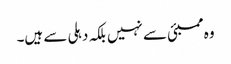
وہ ممبئی سے نہیں بلکہ دہلی سے ہیں۔